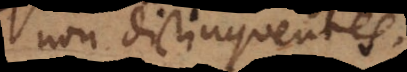
non distinguentes.